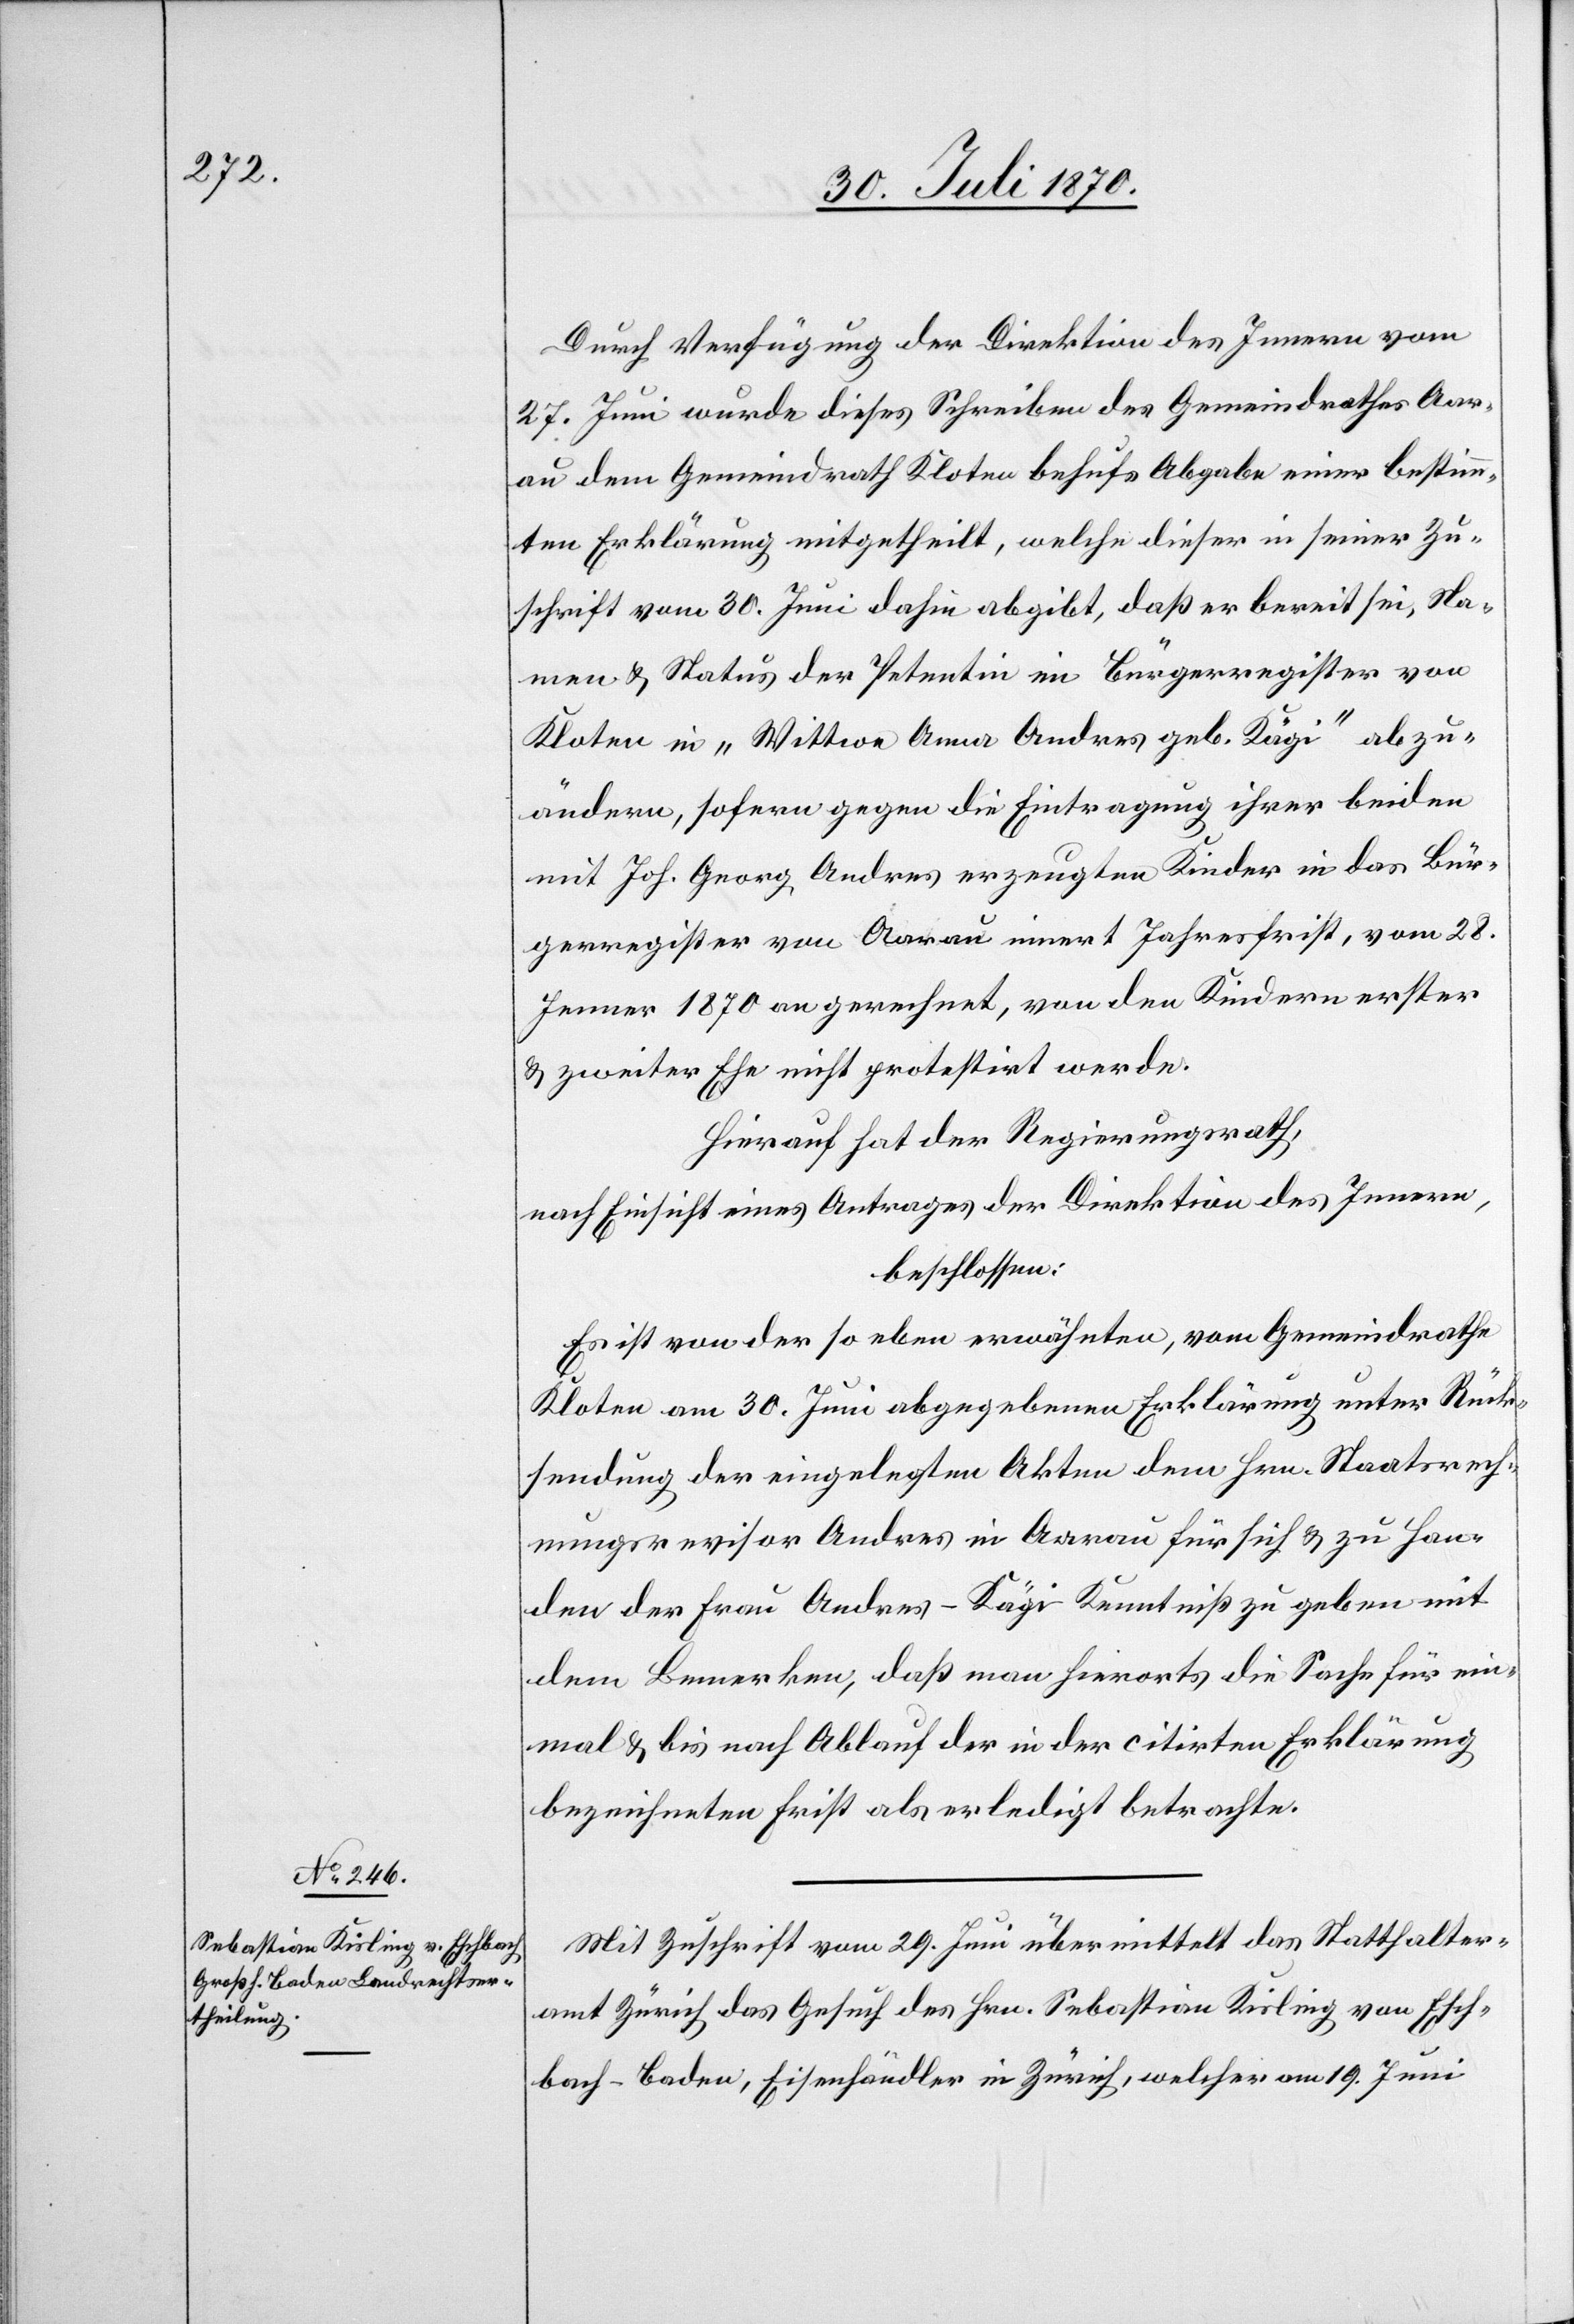
Durch Verfügung der Direktion des Innern vom
27. Juni wurde dieses Schreiben des Gemeindrathes Aar¬
au dem Gemeindrath Kloten behufs Abgabe einer bestimm¬
ten Erklärung mitgetheilt, welche dieser in seiner Zu¬
schrift vom 30. Juni dahin abgibt, daß er bereit sei, Na¬
men & Status der Petentin im Bürgerregister von
Kloten in „Wittwe Anna Andres geb. Kägi“ abzu¬
ändern, sofern gegen die Eintragung ihrer beiden
mit Joh. Georg Andres erzeugten Kinder in das Bür¬
gerregister von Aarau innert Jahresfrist, vom 28.
Jenner 1870 an gerechnet, von den Kindern erster
& zweiter Ehe nicht protestirt werde.
Hierauf hat der Regierungsrath,
nach Einsicht eines Antrages der Direktion des Innern,
beschlossen:
Es ist von der so eben erwähnten, vom Gemeindrathe
Kloten am 30. Juni abgegebenen Erklärung unter Rück¬
sendung der eingelegten Akten dem Hrn. Staatsrech¬
nungsrevisor Andres in Aarau für sich & zu Han¬
den der Frau Andres-Kägi Kenntniß zu geben mit
dem Bemerken, daß man hierorts die Sache für ein¬
mal & bis nach Ablauf der in der citirten Erklärung
bezeichneten Frist als erledigt betrachte.
Mit Zuschrift vom 29. Juni übermittelt das Statthalter¬
amt Zürich das Gesuch des Hrn. Sebastian Kisling von Esch¬
bach - Baden, Eisenhändler in Zürich, welcher am 19. Juni